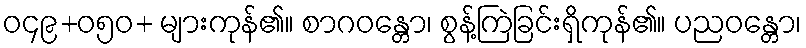
ဝ၄၉+၀၅ဝ+ များကုန်၏။ စာဂဝန္တော၊ စွန့်ကြဲခြင်းရှိကုန်၏။ ပညဝန္တော၊